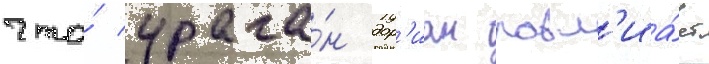
что́ урага́н дор'иан повл'иа́ет